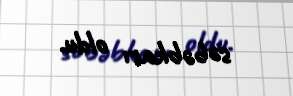
səbəbkarı oldu.